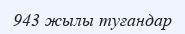
943 жылы туғандар